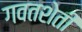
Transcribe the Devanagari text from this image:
गवतशेती